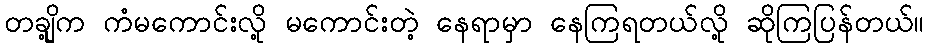
တချို့က ကံမကောင်းလို့ မကောင်းတဲ့ နေရာမှာ နေကြရတယ်လို့ ဆိုကြပြန်တယ်။